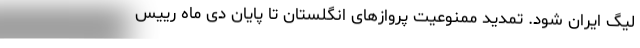
لیگ ایران شود. تمدید ممنوعیت پروازهای انگلستان تا پایان دی ماه رییس